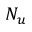
N _ { u }